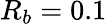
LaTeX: R_{b}=0.1